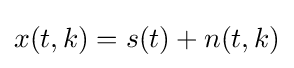
x(t,k)=s(t)+n(t,k)